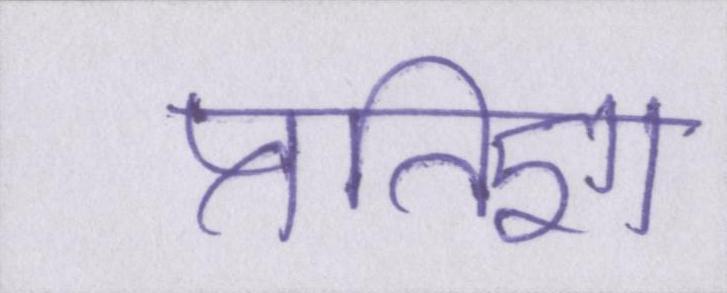
प्रतिज्ञा